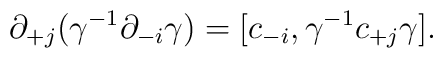
\partial_{+j} (\gamma^{-1} \partial_{-i} \gamma) = [c_{-i},\gamma^{-1}c_{+j} \gamma].